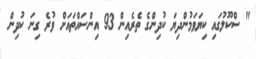
" ސްކޫލުގައި ކިޔަވަމުންދިޔަ ކުދިންގެ ތެރެއިން 93 އިންސައްތައަށް ވުރެ ގިނަ ކުދިން